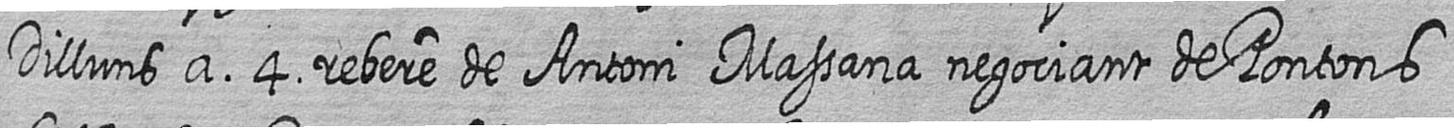
Dilluns a 4 rebere de Antoni Massana negociant de Pontons